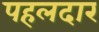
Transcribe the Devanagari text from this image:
पहलदार